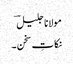
مولانا جلیل ؔ
نکاتِ سخن ۔